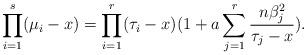
LaTeX: \begin{align*} \prod_{i=1}^s (\mu_{i}-x)= \prod_{i=1}^r(\tau_{i}-x) (1+a \sum_{j=1}^r \frac{n \beta_{j}^2}{\tau_{j}-x}). \end{align*}